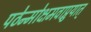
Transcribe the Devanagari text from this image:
पठेन्मोक्षमवाप्नुयात्